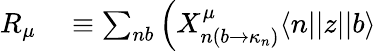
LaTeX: \begin{array}{rl}{R_{\mu}}&{{}\equiv\sum_{nb}\left(X_{n\left(b\rightarrow\kappa_{n}\right)}^{\mu}\langle n||z||b\rangle\right.}\end{array}